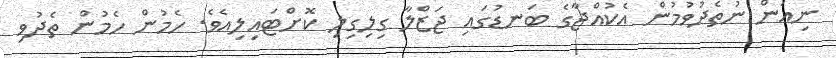
ނިއަން ނުތެދުވުމުން އެކުއްޖާގެ ބަނޑުގައި ޖަޒްލާ ގިލިގިލި ކޮށްޓައިލިއެވެ. ހެމުން ހެމުން ތެދުވި